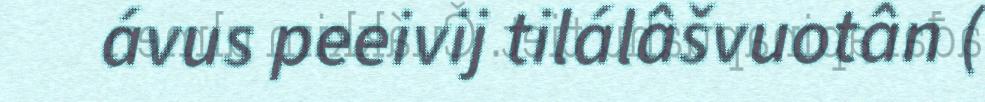
ávus peeivij tilálâšvuotân (